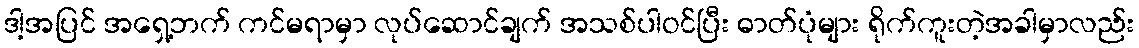
ဒါ့အပြင် အရှေ့ဘက် ကင်မရာမှာ လုပ်ဆောင်ချက် အသစ်ပါဝင်ပြီး ဓာတ်ပုံများ ရိုက်ကူးတဲ့အခါမှာလည်း